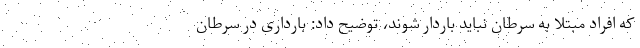
که افراد مبتلا به سرطان نباید باردار شوند، توضیح داد: بارداری در سرطان